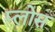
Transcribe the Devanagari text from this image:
प्लोस